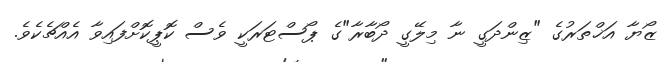
ޒޯޔާ އަޚްތަރުގެ "ޒިންދަގީ ނާ މިލޭގީ ދޯބާރާ"ގެ ޕޯސްޓަރަކީ ވެސް ކޮޕީކޮށްފައިވާ އެއްޗެކެވެ.